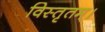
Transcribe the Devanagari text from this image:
विस्तृतम्।